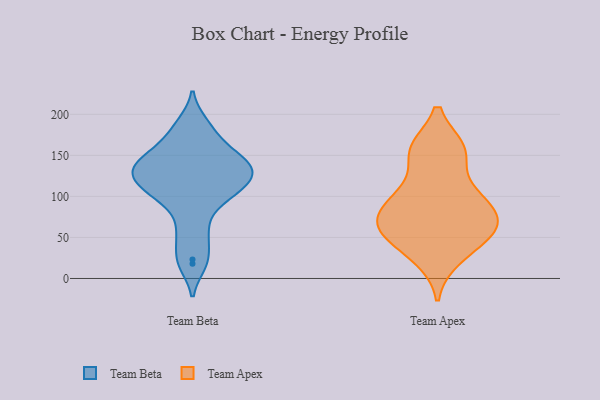
{"axis": {"x": "Satisfaction Score", "y": "Value"}, "legend": ["Team Apex", "Team Beta"], "data": [{"x": "", "y": 135, "type": "Team Beta"}, {"x": "", "y": 134, "type": "Team Beta"}, {"x": "", "y": 50, "type": "Team Beta"}, {"x": "", "y": 156, "type": "Team Beta"}, {"x": "", "y": 127, "type": "Team Beta"}, {"x": "", "y": 96, "type": "Team Beta"}, {"x": "", "y": 122, "type": "Team Beta"}, {"x": "", "y": 99, "type": "Team Beta"}, {"x": "", "y": 141, "type": "Team Beta"}, {"x": "", "y": 111, "type": "Team Beta"}, {"x": "", "y": 182, "type": "Team Beta"}, {"x": "", "y": 133, "type": "Team Beta"}, {"x": "", "y": 23, "type": "Team Beta"}, {"x": "", "y": 18, "type": "Team Beta"}, {"x": "", "y": 161, "type": "Team Beta"}, {"x": "", "y": 119, "type": "Team Beta"}, {"x": "", "y": 146, "type": "Team Beta"}, {"x": "", "y": 103, "type": "Team Beta"}, {"x": "", "y": 188, "type": "Team Beta"}, {"x": "", "y": 64, "type": "Team Beta"}, {"x": "", "y": 61, "type": "Team Apex"}, {"x": "", "y": 157, "type": "Team Apex"}, {"x": "", "y": 62, "type": "Team Apex"}, {"x": "", "y": 63, "type": "Team Apex"}, {"x": "", "y": 65, "type": "Team Apex"}, {"x": "", "y": 157, "type": "Team Apex"}, {"x": "", "y": 97, "type": "Team Apex"}, {"x": "", "y": 104, "type": "Team Apex"}, {"x": "", "y": 76, "type": "Team Apex"}, {"x": "", "y": 39, "type": "Team Apex"}, {"x": "", "y": 97, "type": "Team Apex"}, {"x": "", "y": 25, "type": "Team Apex"}, {"x": "", "y": 155, "type": "Team Apex"}]}